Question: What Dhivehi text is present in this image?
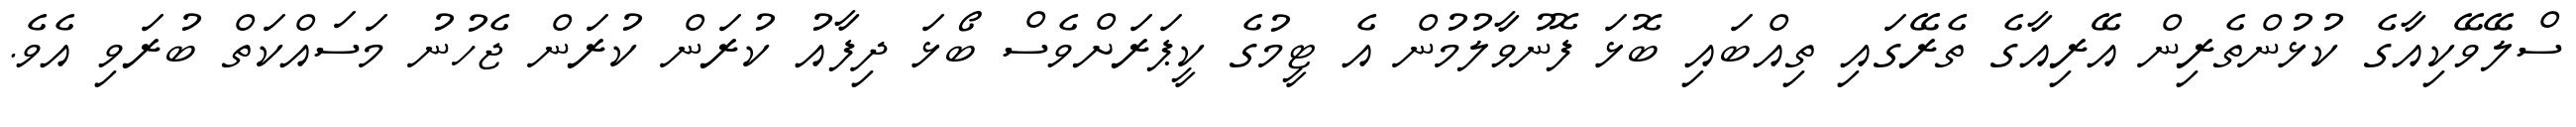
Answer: ސްލޭވޭކިއާގެ ކުޅުންތެރިން އޭރިއާގެ ތެރޭގައި ތިއްބައި ބޮޅަ ފޮނުވާލުމުން އެ ޓީމުގެ ކީޕަރަށްވެސް ބޯޅަ ދިފާއު ކުރަން ކުރަން ޖެހުނު މަސައްކަތް ބުރަވި އެވެ.